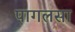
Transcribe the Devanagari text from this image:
पागलसा